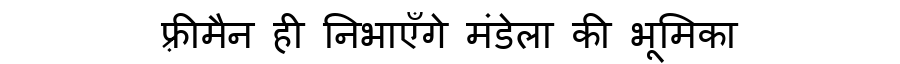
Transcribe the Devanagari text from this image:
फ़्रीमैन ही निभाएँगे मंडेला की भूमिका